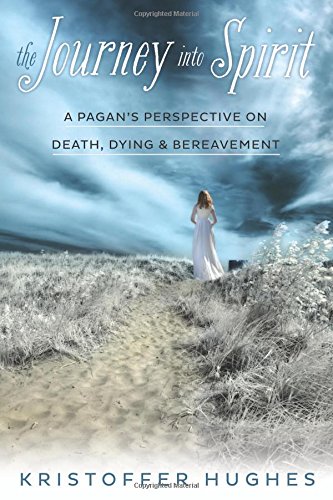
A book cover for The Journey Into Spirit: A Pagan's Perspective on Death, Dying & Bereavement; Kristoffer Hughes; Religion & Spirituality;